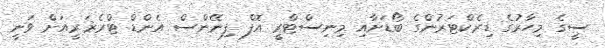
ސީގެ މިހާރުގެ ޑިރެކްޓަރުންގެ ބޯޑަށާއި މިނިސްޓްރީ އޮފް ފިނޭންސް އެންޑް ޓްރެޜަރީއަށް ވަނީ